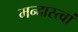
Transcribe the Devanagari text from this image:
मन्दास्त्वां